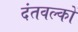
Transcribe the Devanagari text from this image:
दंतवल्कों